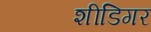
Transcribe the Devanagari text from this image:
शीडिगर